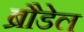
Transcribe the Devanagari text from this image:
ब्रौडेल